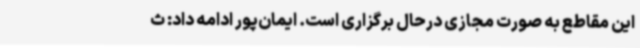
این مقاطع به صورت مجازی درحال برگزاری است. ایمان‌پور ادامه داد: ث